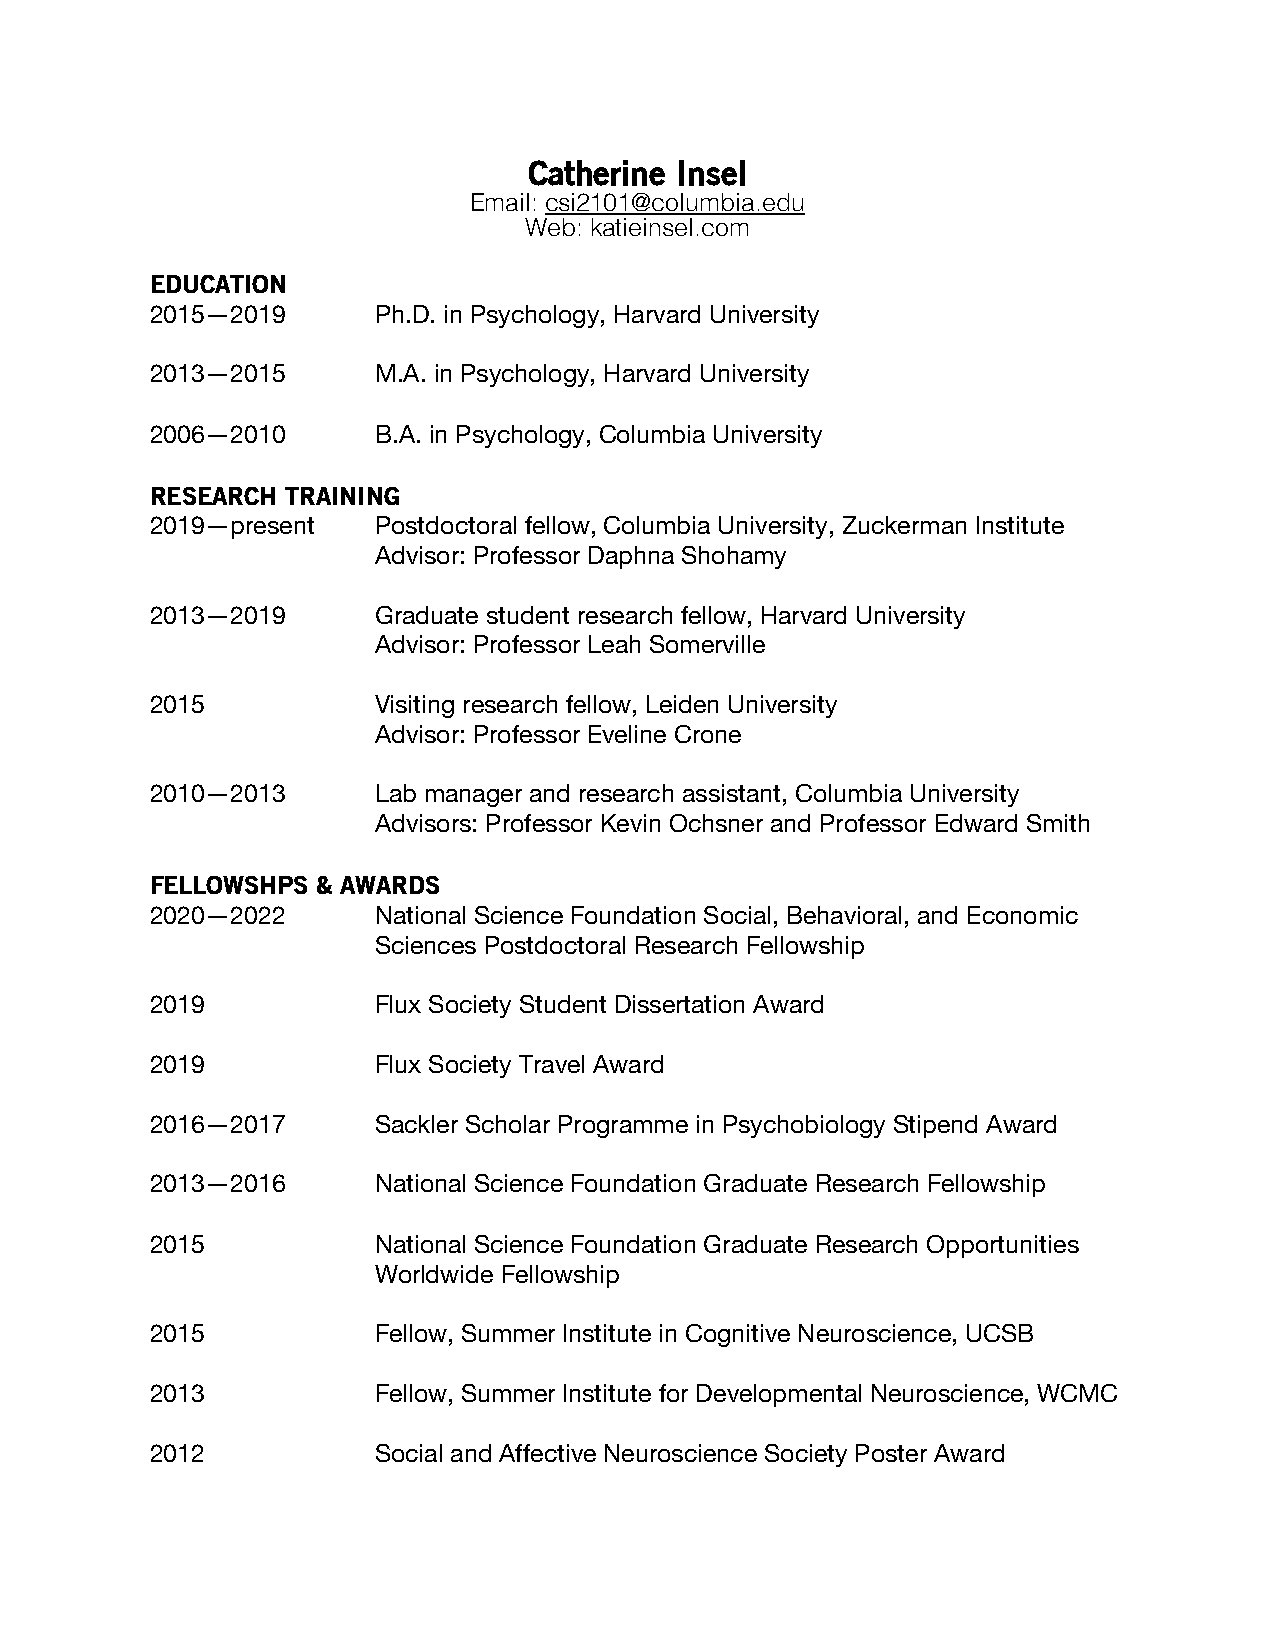
Catherine Insel
 Email: csi2101@columbia.edu
 Web: katieinsel.com
 EDUCATION
 2015—2019      Ph.D. in Psychology, Harvard University
 2013—2015      M.A. in Psychology, Harvard University
 2006—2010      B.A. in Psychology, Columbia University
 RESEARCH TRAINING
 2019—present   Postdoctoral fellow, Columbia University, Zuckerman Institute
 Advisor: Professor Daphna Shohamy
 2013—2019      Graduate student research fellow, Harvard University
 Advisor: Professor Leah Somerville
 2015           Visiting research fellow, Leiden University
 Advisor: Professor Eveline Crone
 2010—2013      Lab manager and research assistant, Columbia University
 Advisors: Professor Kevin Ochsner and Professor Edward Smith
 FELLOWSHPS & AWARDS
 2020—2022      National Science Foundation Social, Behavioral, and Economic
 Sciences Postdoctoral Research Fellowship
 2019           Flux Society Student Dissertation Award
 2019           Flux Society Travel Award
 2016—2017      Sackler Scholar Programme in Psychobiology Stipend Award
 2013—2016      National Science Foundation Graduate Research Fellowship
 2015           National Science Foundation Graduate Research Opportunities
 Worldwide Fellowship
 2015           Fellow, Summer Institute in Cognitive Neuroscience, UCSB
 2013           Fellow, Summer Institute for Developmental Neuroscience, WCMC
 2012           Social and Affective Neuroscience Society Poster Award